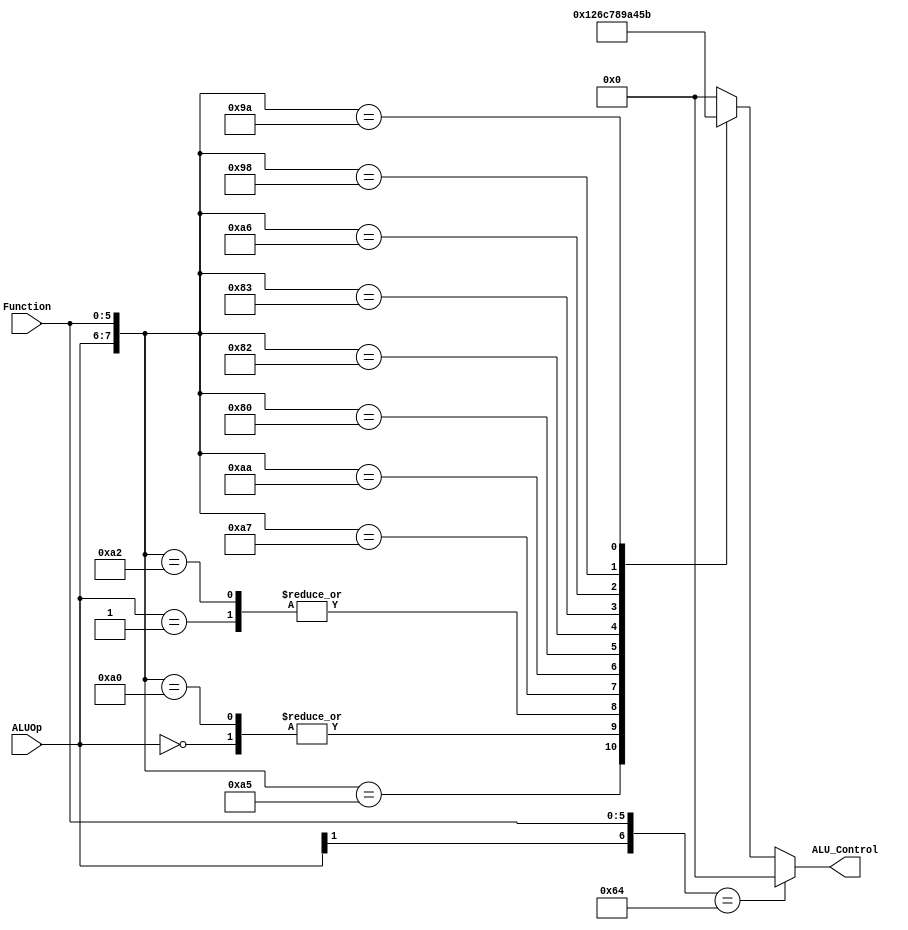
`timescale 1ns / 1ps


module ALUControl(
    input [1:0] ALUOp, 
    input [5:0] Function,
    output reg[3:0] ALU_Control);  

wire [7:0] ALUControlIn;  
 assign ALUControlIn = {ALUOp,Function};  
 always @(ALUControlIn)  
 casex (ALUControlIn)  

    //DOUBLE-CHECKED AGAINST TABLE FROM ASSIGNMENT       
    8'b1x100100: ALU_Control=4'b0000; //and
    8'b11xxxxxx: ALU_Control=4'b0000; //andi 
    8'b10100101: ALU_Control=4'b0001;  //or
    8'b00xxxxxx: ALU_Control=4'b0010; //addi, lw, sw
    8'b10100000: ALU_Control=4'b0010; //add
    8'b01xxxxxx: ALU_Control=4'b0110; //beq
    8'b10100010: ALU_Control=4'b0110; //sub 
    8'b10100111: ALU_Control=4'b1100; //nor
    8'b10101010: ALU_Control=4'b0111; //slt
    8'b10000000: ALU_Control=4'b1000; //sll
    8'b10000010: ALU_Control=4'b1001; //srl
    8'b10000011: ALU_Control=4'b1010; //sra
    8'b10100110: ALU_Control=4'b0100; //xor
    8'b10011000: ALU_Control=4'b0101; // mult
    8'b10011010: ALU_Control=4'b1011; //div

  default: ALU_Control=4'b0000;  
  endcase  
 endmodule